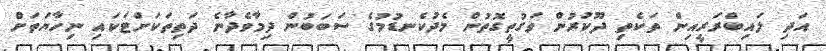
އަދި ލައިބްރަރީއިން ތަކެތި ދޫކުރުން ވަގުތީގޮތުން މެދުކެނޑުމުގެ ސަބަބުން ދިމާވެދާނެ ދަތިތަކަށްޓަކައި ނިހާޔަތަށް